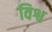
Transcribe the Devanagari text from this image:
विश्व